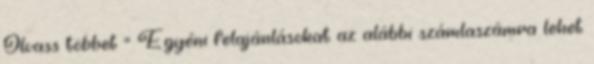
Olvass többet = Egyéni felajánlásokat az alábbi számlaszámra lehet